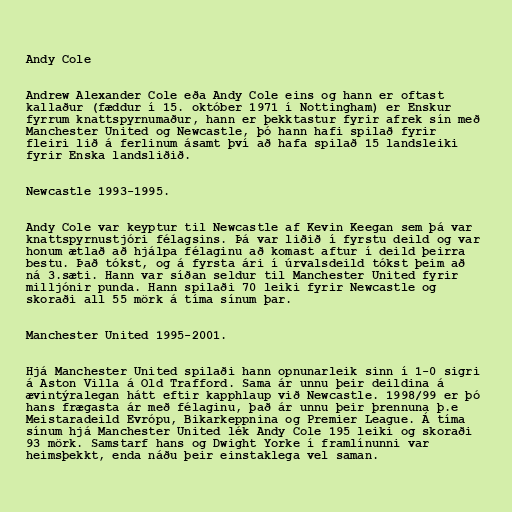
Andy Cole

Andrew Alexander Cole eða Andy Cole eins og hann er oftast
kallaður (fæddur í 15. október 1971 í Nottingham) er Enskur
fyrrum knattspyrnumaður, hann er þekktastur fyrir afrek sín með
Manchester United og Newcastle, þó hann hafi spilað fyrir
fleiri lið á ferlinum ásamt því að hafa spilað 15 landsleiki
fyrir Enska landsliðið.

Newcastle 1993-1995.

Andy Cole var keyptur til Newcastle af Kevin Keegan sem þá var
knattspyrnustjóri félagsins. Þá var liðið í fyrstu deild og var
honum ætlað að hjálpa félaginu að komast aftur í deild þeirra
bestu. Það tókst, og á fyrsta ári í úrvalsdeild tókst þeim að
ná 3.sæti. Hann var síðan seldur til Manchester United fyrir
milljónir punda. Hann spilaði 70 leiki fyrir Newcastle og
skoraði all 55 mörk á tíma sínum þar.

Manchester United 1995-2001.

Hjá Manchester United spilaði hann opnunarleik sinn í 1-0 sigri
á Aston Villa á Old Trafford. Sama ár unnu þeir deildina á
ævintýralegan hátt eftir kapphlaup við Newcastle. 1998/99 er þó
hans frægasta ár með félaginu, það ár unnu þeir þrennuna þ.e
Meistaradeild Evrópu, Bikarkeppnina og Premier League. Á tíma
sínum hjá Manchester United lék Andy Cole 195 leiki og skoraði
93 mörk. Samstarf hans og Dwight Yorke í framlínunni var
heimsþekkt, enda náðu þeir einstaklega vel saman.